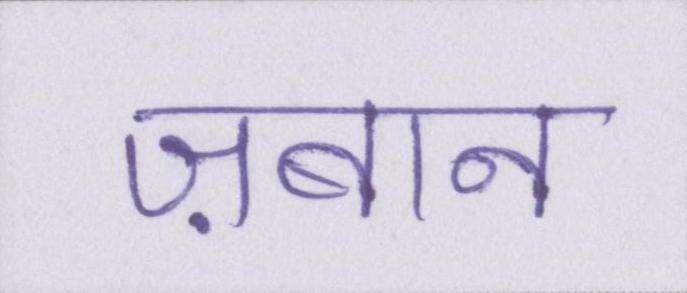
ज़बान